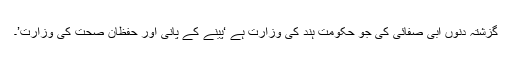
گزشتہ دنوں آبی صفائی کی جو حکومت ہند کی وزارت ہے ‘پینے کے پانی اور حفظان صحت کی وزارت’۔